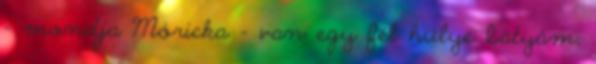
- mondja Móricka - van egy fél hülye bátyám,